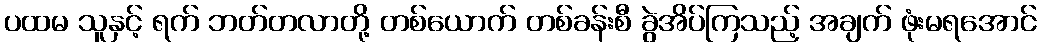
ပထမ သူနှင့် ရက် ဘတ်တလာတို့ တစ်ယောက် တစ်ခန်းစီ ခွဲအိပ်ကြသည့် အချက် ဖုံးမရအောင်